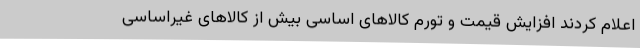
اعلام کردند افزایش قیمت و تورم کالاهای اساسی بیش از کالاهای غیراساسی